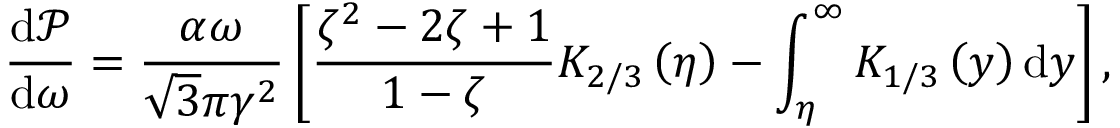
\frac { \mathrm { d } \mathcal { P } } { \mathrm { d } \omega } = \frac { \alpha \omega } { \sqrt { 3 } \pi \gamma ^ { 2 } } \left[ \frac { \zeta ^ { 2 } - 2 \zeta + 1 } { 1 - \zeta } K _ { 2 / 3 } \left( \eta \right) - \int _ { \eta } ^ { \infty } K _ { 1 / 3 } \left( y \right) \mathrm { d } y \right] ,